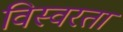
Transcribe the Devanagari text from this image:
विस्वरता